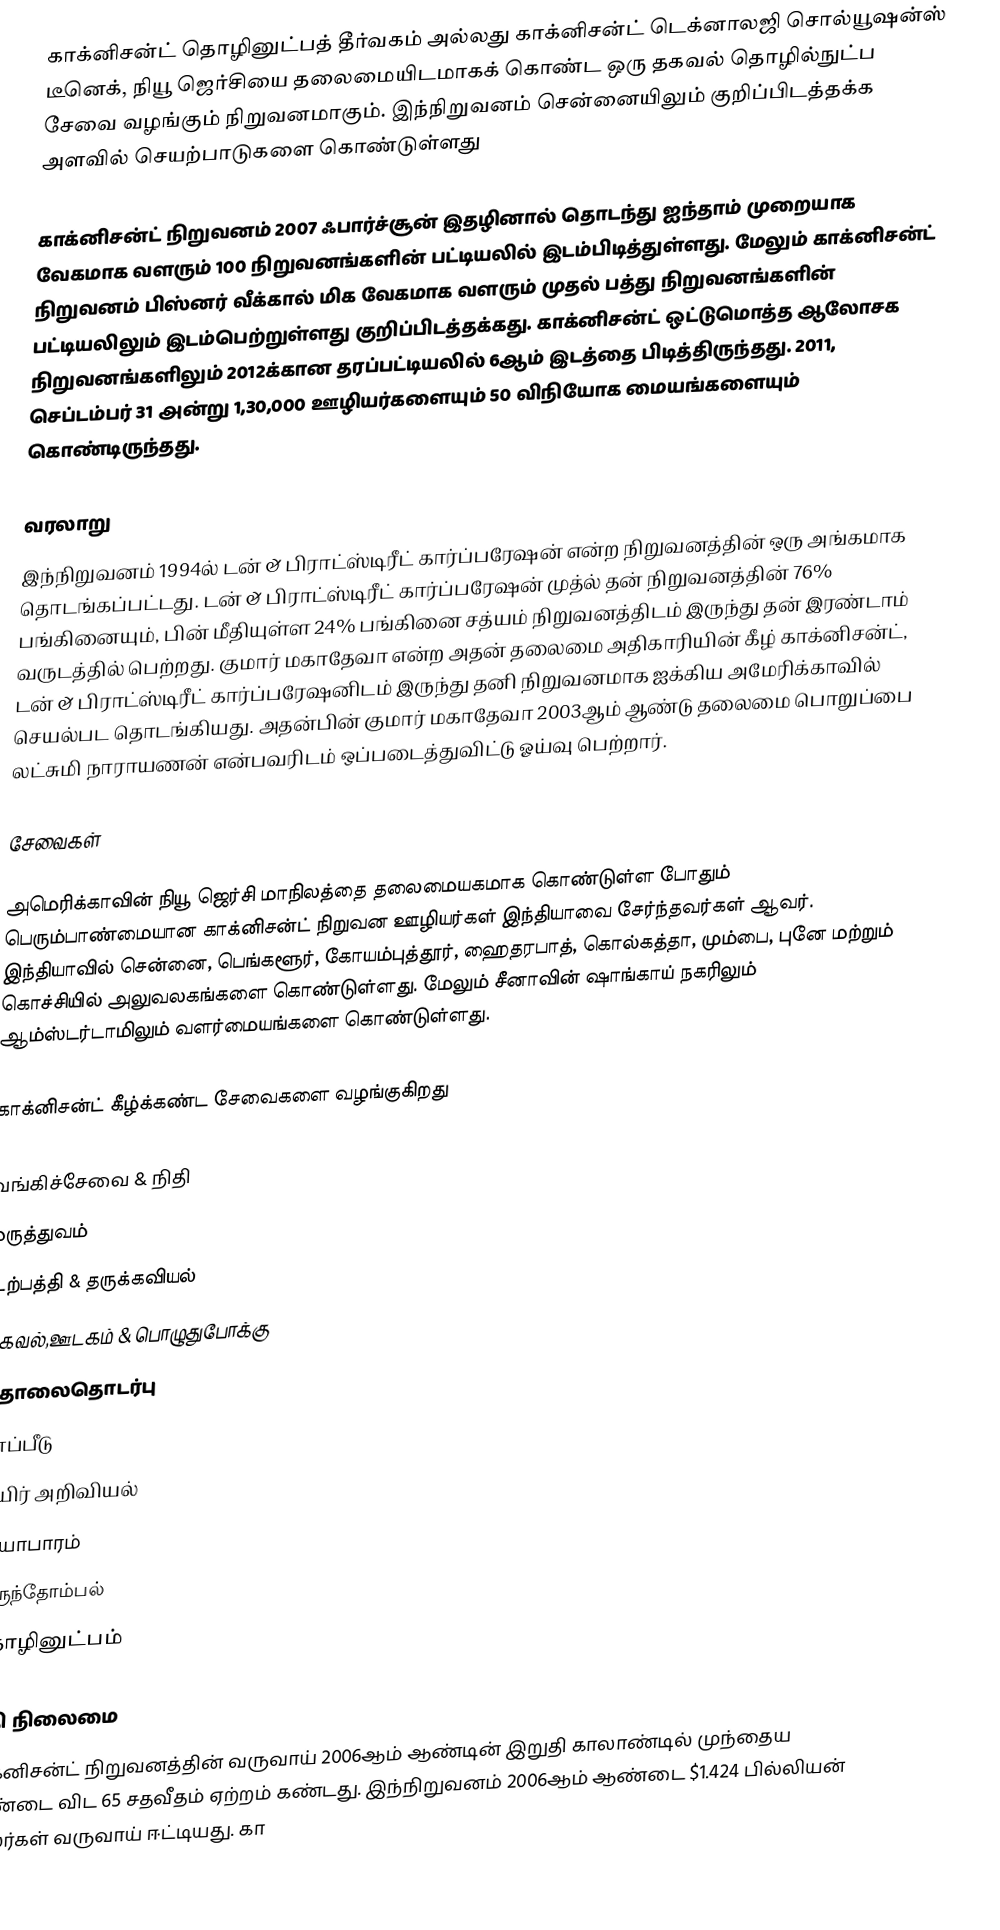
காக்னிசன்ட் தொழினுட்பத் தீர்வகம் அல்லது காக்னிசன்ட் டெக்னாலஜி சொல்யூஷன்ஸ் டீனெக், நியூ ஜெர்சியை தலைமையிடமாகக் கொண்ட ஒரு தகவல் தொழில்நுட்ப சேவை வழங்கும் நிறுவனமாகும். இந்நிறுவனம் சென்னையிலும் குறிப்பிடத்தக்க அளவில் செயற்பாடுகளை கொண்டுள்ளது

காக்னிசன்ட் நிறுவனம் 2007 ஃபார்ச்சூன் இதழினால் தொடந்து ஐந்தாம் முறையாக வேகமாக வளரும் 100 நிறுவனங்களின் பட்டியலில் இடம்பிடித்துள்ளது. மேலும் காக்னிசன்ட் நிறுவனம் பிஸ்னர் வீக்கால் மிக வேகமாக வளரும் முதல் பத்து நிறுவனங்களின் பட்டியலிலும் இடம்பெற்றுள்ளது குறிப்பிடத்தக்கது. காக்னிசன்ட் ஒட்டுமொத்த ஆலோசக நிறுவனங்களிலும் 2012க்கான தரப்பட்டியலில் 6ஆம் இடத்தை பிடித்திருந்தது. 2011, செப்டம்பர் 31 அன்று 1,30,000 ஊழியர்களையும் 50 விநியோக மையங்களையும் கொண்டிருந்தது.

வரலாறு
இந்நிறுவனம் 1994ல் டன் & பிராட்ஸ்டிரீட் கார்ப்பரேஷன் என்ற நிறுவனத்தின் ஒரு அங்கமாக தொடங்கப்பட்டது. டன் & பிராட்ஸ்டிரீட் கார்ப்பரேஷன் முத்ல் தன் நிறுவனத்தின் 76% பங்கினையும், பின் மீதியுள்ள 24% பங்கினை சத்யம் நிறுவனத்திடம் இருந்து தன் இரண்டாம் வருடத்தில் பெற்றது. குமார் மகாதேவா  என்ற அதன் தலைமை அதிகாரியின் கீழ் காக்னிசன்ட், டன் & பிராட்ஸ்டிரீட் கார்ப்பரேஷனிடம் இருந்து தனி நிறுவனமாக ஐக்கிய அமேரிக்காவில் செயல்பட தொடங்கியது. அதன்பின் குமார் மகாதேவா 2003ஆம் ஆண்டு தலைமை பொறுப்பை லட்சுமி நாராயணன் என்பவரிடம் ஒப்படைத்துவிட்டு ஓய்வு பெற்றார்.

சேவைகள்

அமெரிக்காவின் நியூ ஜெர்சி மாநிலத்தை தலைமையகமாக கொண்டுள்ள போதும் பெரும்பாண்மையான காக்னிசன்ட் நிறுவன ஊழியர்கள் இந்தியாவை சேர்ந்தவர்கள் ஆவர். இந்தியாவில் சென்னை, பெங்களூர், கோயம்புத்தூர், ஹைதரபாத், கொல்கத்தா, மும்பை, புனே மற்றும் கொச்சியில் அலுவலகங்களை கொண்டுள்ளது. மேலும் சீனாவின் ஷாங்காய் நகரிலும் ஆம்ஸ்டர்டாமிலும் வளர்மையங்களை கொண்டுள்ளது.

காக்னிசன்ட் கீழ்க்கண்ட சேவைகளை வழங்குகிறது

 வங்கிச்சேவை & நிதி
 மருத்துவம்
 உற்பத்தி & தருக்கவியல்
 தகவல்,ஊடகம் & பொழுதுபோக்கு
 தொலைதொடர்பு
 காப்பீடு
 உயிர் அறிவியல்
 வியாபாரம்
 விருந்தோம்பல்
 தொழினுட்பம்

நிதி நிலைமை
காக்னிசன்ட் நிறுவனத்தின் வருவாய் 2006ஆம் ஆண்டின் இறுதி காலாண்டில் முந்தைய ஆண்டை விட 65 சதவீதம் ஏற்றம் கண்டது. இந்நிறுவனம் 2006ஆம் ஆண்டை $1.424 பில்லியன் டாலர்கள் வருவாய் ஈட்டியது. கா